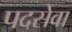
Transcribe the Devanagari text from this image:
पदसेवा